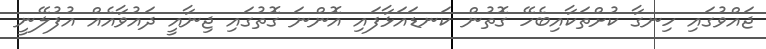
ޖައްވުގައި ހިނގާ ކުށްތަކާއިބެހޭ ގޮތުން ކަނޑައަޅާފައި އޮންނަ ގޮތުގައި ޖިނާއީ ދައުވާއެއް އުފުލޭނީ